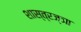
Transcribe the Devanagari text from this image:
शास्त्रज्ञा